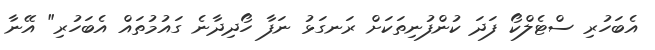
އެބަހުރި ސްޓެލްކޯ ފަދަ ކުންފުނިތަކަށް ރަނގަޅު ނަފާ ހޯދިދާނެ ގައުމުތައް އެބަހުރި" އޭނާ